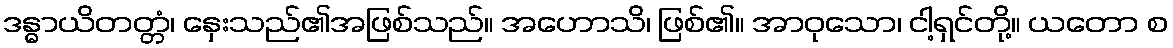
ဒန္ဓာယိတတ္တံ၊ နှေးသည်၏အဖြစ်သည်။ အဟောသိ၊ ဖြစ်၏။ အာဝုသော၊ ငါ့ရှင်တို့။ ယတော စ